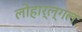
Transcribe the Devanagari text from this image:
लोहार्ल्गल